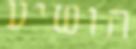
הושיע